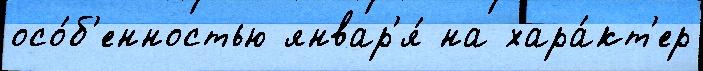
осо́б'енностью январ'я́ на хара́кт'ер